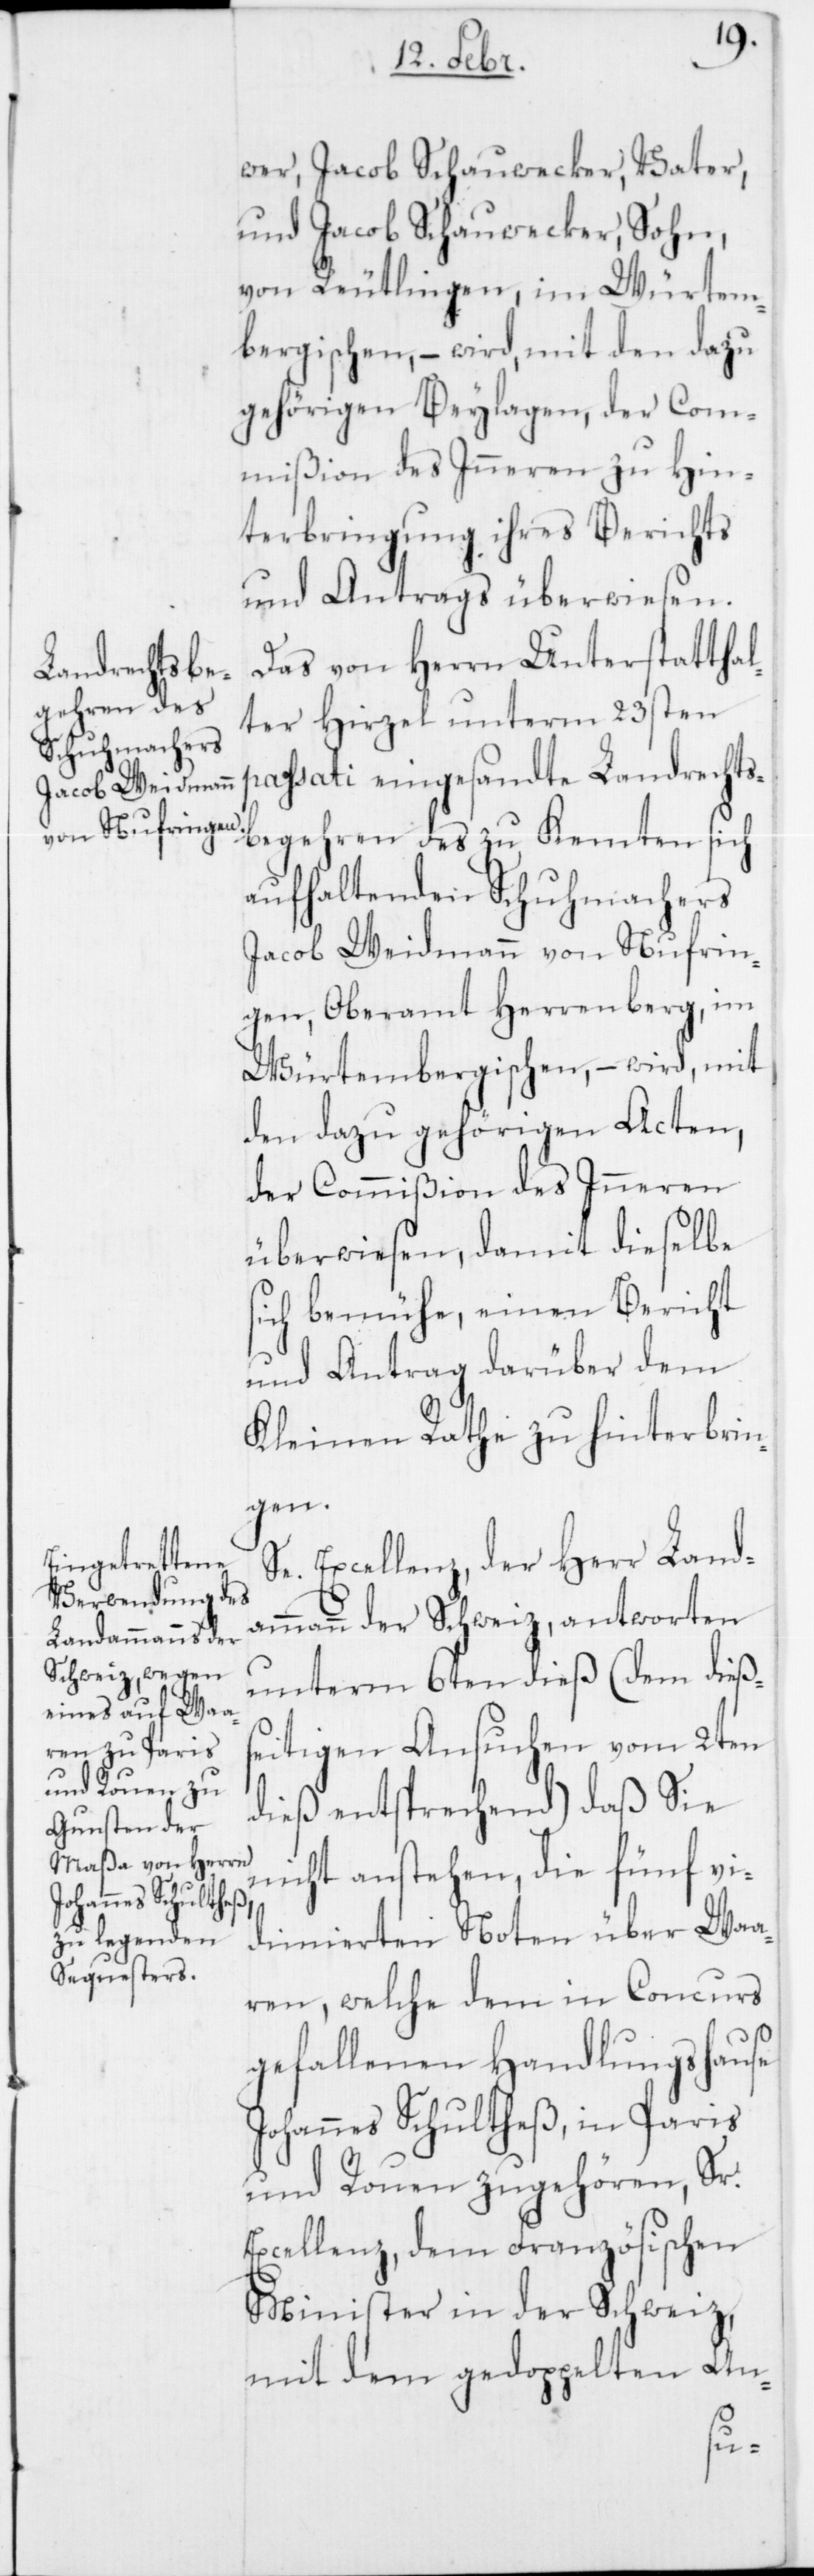
wer, Jacob Schauwecker, Vater,
und Jacob Schauwecker, Sohn,
von Reutlingen, im Würtem¬
bergischen, – wird, mit den dazu
gehörigen Beylagen, der Com¬
mißion des Inneren zu Hin¬
terbringung ihres Berichts
und Antrags überwiesen.
Das von Herrn Unterstatthal¬
ter Hirzel unterm 23sten
passati eingesandte Landrechts¬
begehren des zu Kemten sich
aufhaltenden Schuhmachers
Jacob Weidmann von Nufrin¬
gen, Oberamt Herrenberg, im
Würtembergischen, – wird, mit
den dazu gehörigen Acten,
der Commißion des Inneren
überwiesen, damit dieselbe
ch bemühe, einen Bericht
und Antrag darüber dem
Kleinen Rathe zu hinterbrin¬
gen.
Se. Excellenz, der Herr Land¬
ammann der Schweiz, antworten
unterm 6ten dieß (dem dießs¬
eitigen Ansuchen vom 2ten
dieß entsprechend) daß Sie
nicht anstehen, die fünf vi¬
dimierten Noten über Waa¬
ren, welche dem in Concurs
gefallenen Handlungshause
Johannes Schultheß, in Paris
und Rouen zugehören, Sr.
Excellenz, dem Französischen
Minister in der Schweiz,
mit dem gedoppelten An-
si¬